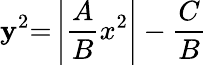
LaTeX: \mathbf{y}^{2}{=}\left|{\frac{{A}}{{B}}}x^{2}\right|-{\frac{{C}}{{B}}}